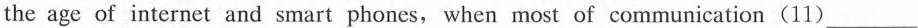
the age of internet and smart phones, when most of communication(11) ___